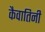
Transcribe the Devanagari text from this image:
कैवातिनी